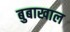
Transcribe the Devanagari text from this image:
बुबाखाल